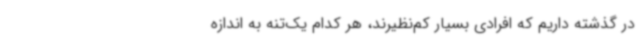
در گذشته داریم که افرادی بسیار کم‌نظیرند، هر کدام یک‌تنه به اندازه